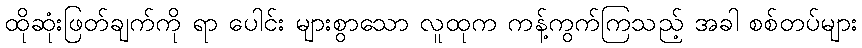
ထိုဆုံးဖြတ်ချက်ကို ရာ ပေါင်း များစွာသော လူထုက ကန့်ကွက်ကြသည့် အခါ စစ်တပ်များ